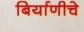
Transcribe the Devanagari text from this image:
बिर्याणीचे